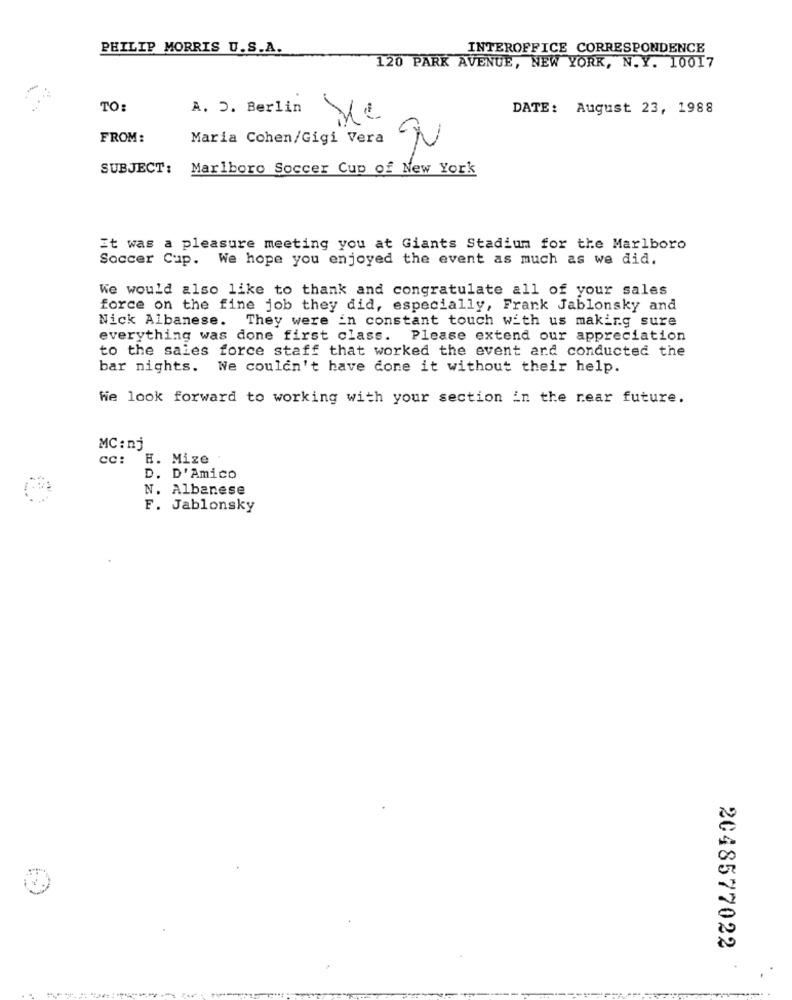
PHILIP MORRIS U.S.A.
INTEROFFICE CORRESPONDENCE
120 PARK AVENUE, NEW YORK, N.Y. 10017
TO:
A. D. Berlin
DATE: August 23, 1988
FROM:
Maria Cohen/Gigi Vera
SUBJECT: Marlboro Soccer Cup of New York
It was a pleasure meeting you at Giants Stadium for the Marlboro
Soccer Cup. We hope you enjoyed the event as much as we did.
We would also like to thank and congratulate all of your sales
force on the fine job they did, especially, Frank Jablonsky and
Nick Albanese. They were in constant touch with us making sure
everything was done first class. Please extend our appreciation
to the sales force staff that worked the event and conducted the
bar nights. We couldn't have done it without their help.
Wie look forward to working with your section in the near future.
MC: nj
cc: H. Mize
D. D'Amico
N. Albanese
F. Jablonsky
2048577022
-----